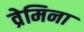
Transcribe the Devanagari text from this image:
व्रेमिना